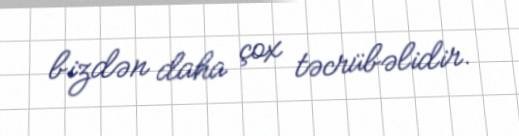
bizdən daha çox təcrübəlidir.